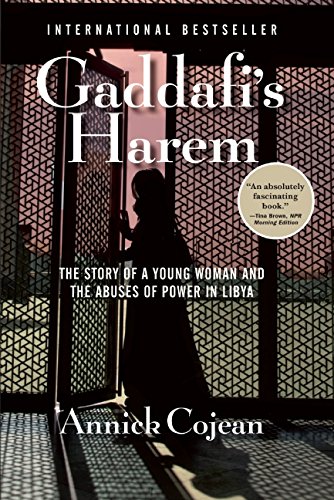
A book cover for Gaddafi's Harem; Annick Cojean; Politics & Social Sciences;